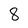
Character: 8